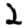
Digit: 2